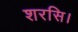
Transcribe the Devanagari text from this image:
शरसि।